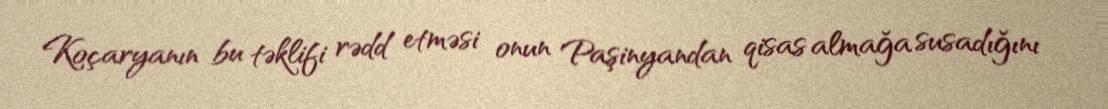
Koçaryanın bu təklifi rədd etməsi onun Paşinyandan qisas almağa susadığını